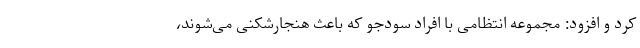
کرد و افزود: مجموعه انتظامی با افراد سودجو که باعث هنجارشکنی می‌شوند،